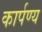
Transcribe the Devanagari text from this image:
कार्पण्य